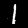
Label: 1